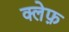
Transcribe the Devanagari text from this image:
क्लेफ़